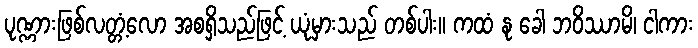
ပုဏ္ဏားဖြစ်လတ္တံ့လော အစရှိသည်ဖြင့် ယုံမှားသည် တစ်ပါး။ ကထံ နု ခေါ ဘဝိဿာမိ၊ ငါကား